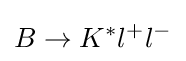
B\to K^{*}l^{+}l^{-}